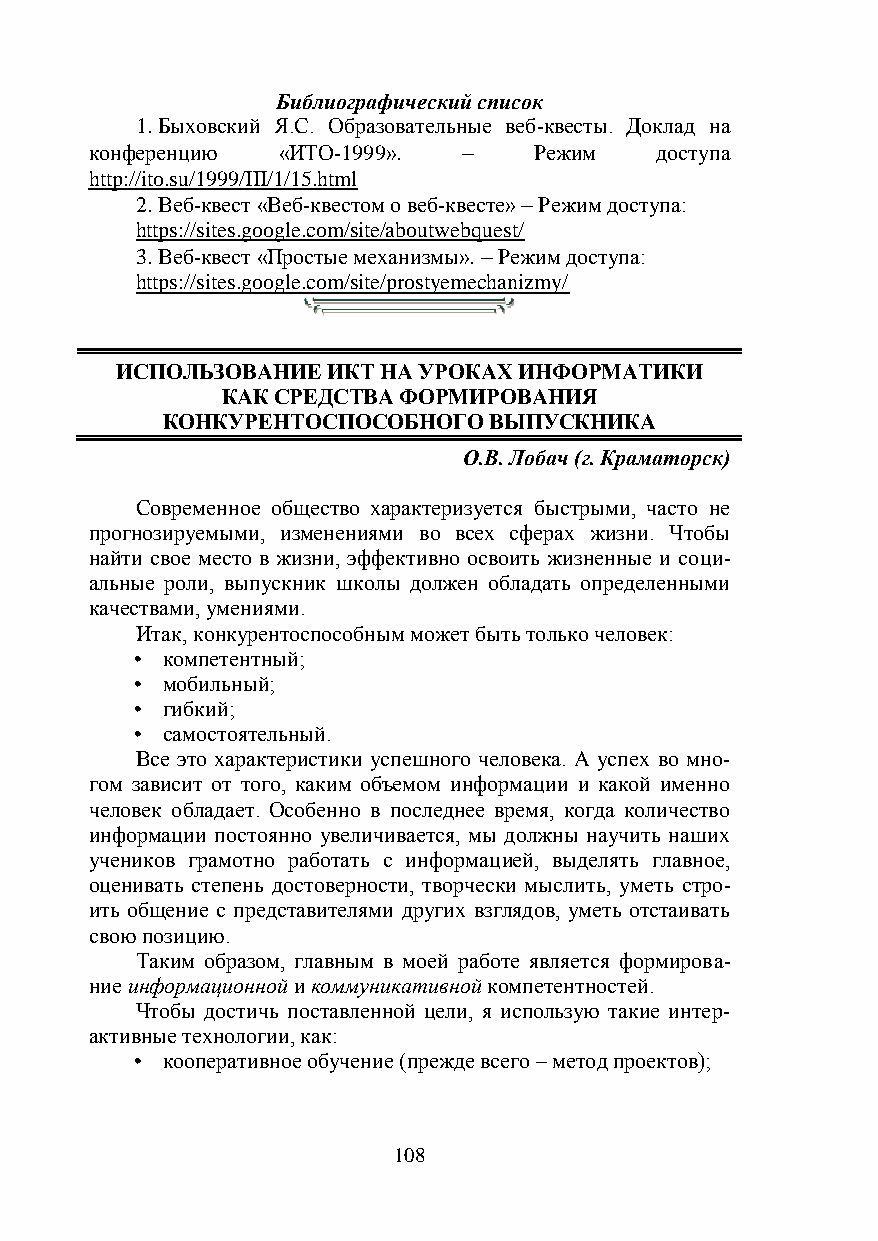
Библиографический список
 1. Быховский Я.С. Образовательные веб-квесты. Доклад на
 конференцию «ИТО-1999».     Режим   доступа
 http://ito.su/1999/III/1/15.html
 2. Веб-квест «Веб-квестом о веб-квесте»  Режим доступа:
 https://sites.google.com/site/aboutwebquest/
 3. Веб-квест «Простые механизмы».  Режим доступа:
 https://sites.google.com/site/prostyemechanizmy/
 ИСПОЛЬЗОВАНИЕ ИКТ НА УРОКАХ ИНФОРМАТИКИ
 КАК СРЕДСТВА ФОРМИРОВАНИЯ
 КОНКУРЕНТОСПОСОБНОГО ВЫПУСКНИКА
 О.В. Лобач (г. Краматорск)
 Современное общество характеризуется быстрыми, часто не
 прогнозируемыми, изменениями во всех сферах жизни. Чтобы
 найти свое место в жизни, эффективно освоить жизненные и соци-
 альные роли, выпускник школы должен обладать определенными
 качествами, умениями.
 Итак, конкурентоспособным может быть только человек:
 • компетентный;
 • мобильный;
 • гибкий;
 • самостоятельный.
 Все это характеристики успешного человека. А успех во мно-
 гом зависит от того, каким объемом информации и какой именно
 человек обладает. Особенно в последнее время, когда количество
 информации постоянно увеличивается, мы должны научить наших
 учеников грамотно работать с информацией, выделять главное,
 оценивать степень достоверности, творчески мыслить, уметь стро-
 ить общение с представителями других взглядов, уметь отстаивать
 свою позицию.
 Таким образом, главным в моей работе является формирова-
 ние информационной и коммуникативной компетентностей.
 Чтобы достичь поставленной цели, я использую такие интер-
 активные технологии, как:
 • кооперативное обучение (прежде всего – метод проектов);
 108